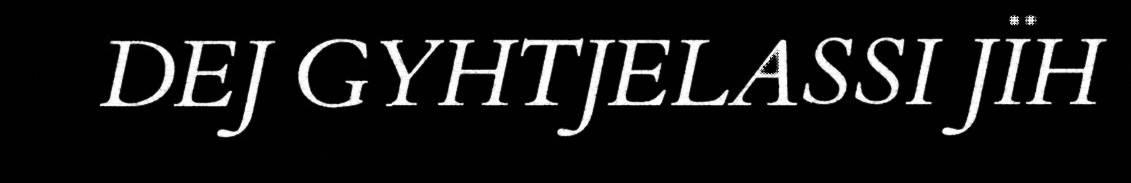
DEJ GYHTJELASSI JÏH